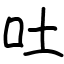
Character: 吐